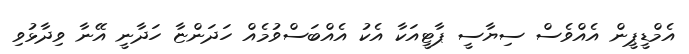
އެމްޑީޕީން އެއްވެސް ސިޔާސީ ޕާޓީއަކާ އެކު އެއްބަސްވުމެއް ހަދަންޏާ ހަދާނީ އޭނާ ވިދާޅުވި